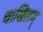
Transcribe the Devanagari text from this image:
चाखिलम्‌